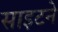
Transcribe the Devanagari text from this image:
साइटने